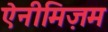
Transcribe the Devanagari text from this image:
ऐनीमिज़म